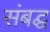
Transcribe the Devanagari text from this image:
संबद्घ